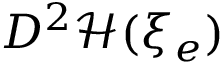
D ^ { 2 } { \mathcal { H } } ( \xi _ { e } )